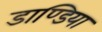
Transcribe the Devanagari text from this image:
डाण्डिया